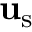
\mathbf { u } _ { \mathrm { s } }